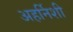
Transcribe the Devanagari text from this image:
अहर्निशी